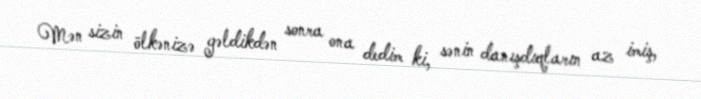
Mən sizin ölkənizə gəldikdən sonra ona dedim ki, sənin danışdıqların az imiş,